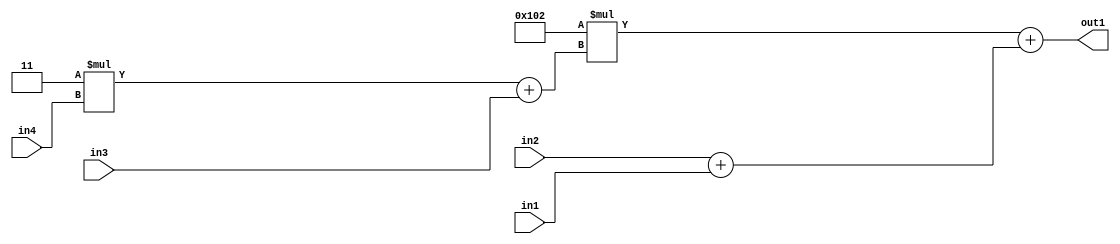
`timescale 1ps / 1ps
/*****************************************************************************
    Verilog RTL Description
    
    
    Created by: Stratus DpOpt 2019.1.01 
*******************************************************************************/

module DC_Filter_Add2Add2u8u2Mul2i258Add2u2Mul2i3u2_4 (
	in4,
	in3,
	in2,
	in1,
	out1
	); /* architecture "behavioural" */ 
input [1:0] in4,
	in3,
	in2;
input [7:0] in1;
output [11:0] out1;
wire [11:0] asc001;
wire [3:0] asc002;
wire [8:0] asc004;

wire [3:0] asc002_tmp_0;
assign asc002_tmp_0 = 
	+(4'B0011 * in4);
assign asc002 = asc002_tmp_0
	+(in3);

assign asc004 = 
	+(in2)
	+(in1);

wire [11:0] asc001_tmp_1;
assign asc001_tmp_1 = 
	+(12'B000100000010 * asc002);
assign asc001 = asc001_tmp_1
	+(asc004);

assign out1 = asc001;
endmodule

/* CADENCE  vrXwSQE= : u9/ySgnWtBlWxVPRXgAZ4Og= ** DO NOT EDIT THIS LINE ******/